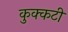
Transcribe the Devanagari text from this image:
कुक्कटी